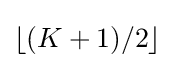
\lfloor (K+1)/2\rfloor